Report of the Indian Hemp Drugs Commission, 1894-1895 - Volume VI
Year: 1894
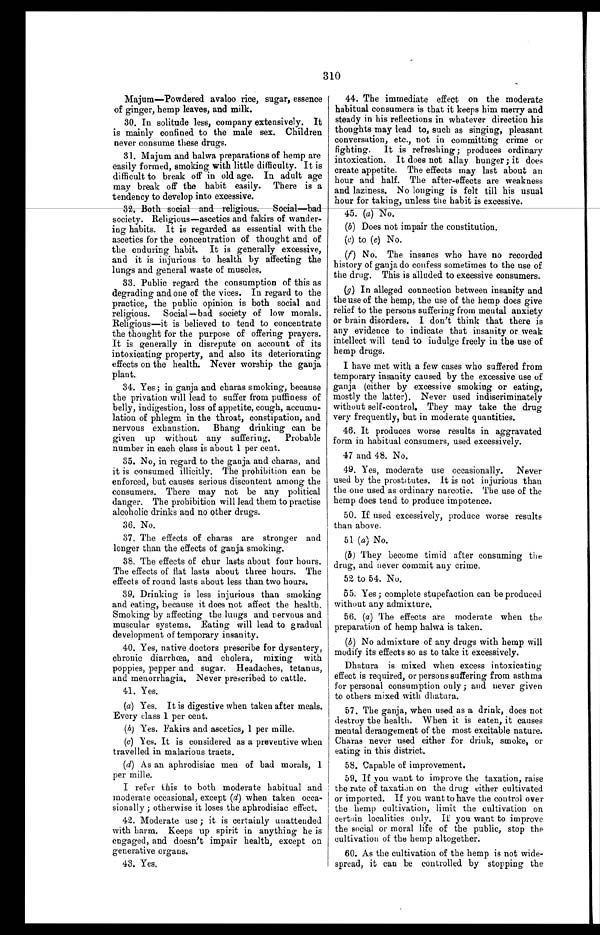
310
Majum—Powdered avaloo rice, sugar, essence
of ginger, hemp leaves, and milk.
30. In solitude less, company extensively. It
is mainly confined to the male sex. Children
never consume these drugs.
31. Majum and halwa preparations of hemp are
easily formed, smoking with little difficulty. It is
difficult to break off in old age. In adult age
may break off the habit easily. There is a
tendency to develop into excessive.
32. Both social and religious. Social—bad
society. Religious—ascetics and fakirs of wander--
ing habits. It is regarded as essential with the
ascetics for the concentration of thought and of
the enduring habit. It is generally excessive,
and it is injurious to health by affecting the
lungs and general waste of muscles.
33. Public regard the consumption of this as
degrading and one of the vices. In regard to the
practice, the public opinion is both social and
religious. Social—bad society of low morals.
Religious—it is believed to tend to concentrate
the thought for the purpose of offering prayers.
It is generally in disrepute on account of its
intoxicating property, and also its deteriorating
effects on the health. Never worship the ganja
plant.
34. Yes ; in ganja and charas smoking, because
the privation will lead to suffer from puffiness of
belly, indigestion, loss of appetite, cough, accumu--
lation of phlegm in the throat, constipation, and
nervous exhaustion. Bhang drinking can be
given up without any suffering. Probable
number in each class is about 1 per cent.
35. No, in regard to the ganja and charas, and
it is consumed illicitly. The prohibition can be
enforced, but causes serious discontent among the
consumers. There may not be any political
danger. The prohibition will lead them to practise
alcoholic drinks and no other drugs.
36. No.
37. The effects of charas are stronger and
longer than the effects of ganja smoking.
38. The effects of chur lasts about four hours.
The effects of flat lasts about three hours. The
effects of round lasts about less than two hours.,
39. Drinking is less injurious than smoking
and eating, because it does not affect the health.
Smoking by affecting the lungs and nervous and
muscular systems. Eating will lead to gradual
development of temporary insanity.
40. Yes, native doctors prescribe for dysentery,
chronic diarrhoœa, and cholera, mixing with
poppies, pepper and sugar. Headaches, tetanus,
and menorrhagia. Never prescribed to cattle.
41, Yes.
(a) Yes. It is digestive when taken after meals.
Every class 1 per cent.
(h) Yes. Fakirs and ascetics, 1 per mille.
(c) Yes. It is considered as a preventive when
travelled in malarious tracts.
(d) As an aphrodisiac men of bad morals, 1
per mille.
I refer this to both moderate habitual and
moderate occasional, except (d) when taken occa-
- s i o n a l l y ; o t h e r w i s e i t l o s e s t h e a p h r o d i s i a c e f f e c t .
42. Moderate use ; it is certainly unattended
with harm. Keeps up spirit in anything he is
engaged, and doesn't impair health, except on
generative organs.
43. Yes.
44. The immediate effect on the moderate
habitual consumers is that it keeps him merry and
steady in his reflections in whatever direction his
thoughts may lead to, such as singing, pleasant
conversation, etc., not in committing crime or
fighting. It is refreshing ; produces ordinary
intoxication. It does not allay hunger ; it does
create appetite. The effects may last about an
hour and half. The after-effects are weakness
and laziness. No longing is felt till his usual
hour for taking, unless the habit is excessive.
45. (a) No.
(b) Does not impair the constitution.
(c) to (e) No.
(f) No. The insanes who have no recorded
history of ganja do confess sometimes to the use of
the drug. This is alluded to excessive consumers.
(g) In alleged connection between insanity and
the use of the hemp, the use of the hemp does give
relief to the persons suffering from mental anxiety
or brain disorders. I don't think that there is
any evidence to indicate that insanity or weak
intellect will tend to indulge freely in the use of
hemp drugs.
I have met with a few cases who suffered from
temporary insanity caused by the excessive use of
ganja (either by excessive smoking or eating,
mostly the latter). Never used indiscriminately
without self-control. They may take the drug
very frequently, but in moderate quantities.
46. It produces worse results in aggravated
form in habitual consumers, used excessively.
47 and 48. No.
49. Yes, moderate use occasionally. Never
used by the prostitutes. It is not injurious than
the one used as ordinary narcotic. The use of the
hemp does tend to produce impotence.
50. If used excessively, produce worse results
than above.
51 ( a ) No.
(b) They become timid after consuming the
drug, and never commit any crime.
52 to 54. No.
55. Yes ; complete stupefaction can be produced
without any admixture.
56. (a) The effects are moderate when the
preparation of hemp halwa is taken.
(b) No admixture of any drugs with hemp will
modify its effects so as to take it excessively.
Dhatura is mixed when excess intoxicating
effect is required, or persons suffering from asthma
for personal consumption only ; and never given
to others mixed with dhatura.
57. The ganja, when used as a drink, does not
destroy the health. When it is eaten, it causes
mental derangement of the most excitable nature.
Charas never used either for drink, smoke, or
eating in this district.
58. Capable of improvement.
59. If you want to improve the taxation, raise
the rate of taxation on the drug either cultivated
or imported. If you want to have the control over
the hemp cultivation, limit the cultivation on
certain localities only. If you want to improve
the social or moral life of the public, stop the
cultivation of the hemp altogether.
60. As the cultivation of the hemp is not wide-
- s p r e a d , i t c a n b e c o n t r o l l e d b y s t o p p i n g t h e